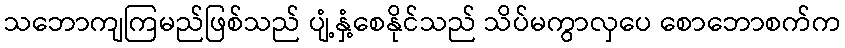
သဘောကျကြမည်ဖြစ်သည် ပျံ့နှံ့စေနိုင်သည် သိပ်မကွာလှပေ စောဘောစက်က